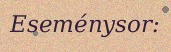
Eseménysor: